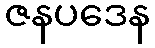
ဇနပဒေန